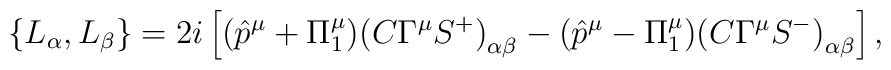
\left\{L_\alpha, L_\beta\right\}=2i\left [(\hat p^\mu+\Pi^\mu_1){(C\Gamma^\mu S^+)}_{\alpha\beta}-(\hat p^\mu-\Pi^\mu_1){(C\Gamma^\mu S^-)}_{\alpha\beta}\right ],